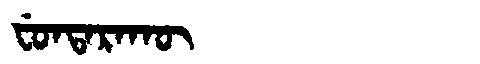
Manchu: ᠸᡠᠨᡨᠠᡵᠠᡴᡡ
Romanization: FUNTARAKŪ